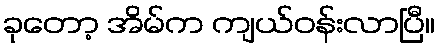
ခုတော့ အိမ်က ကျယ်ဝန်းလာပြီ။